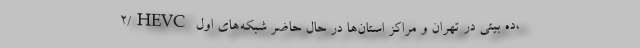
۲/HEVC ده بیتی در تهران و مراکز استان‌ها در حال حاضر شبکه‌های اول،